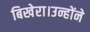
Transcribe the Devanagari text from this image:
बिखेरा।उन्होंने